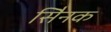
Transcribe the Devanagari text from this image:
सैिनक